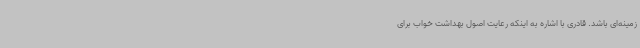
زمینه‌ای باشد. قادری با اشاره به اینکه رعایت اصول بهداشت خواب برای